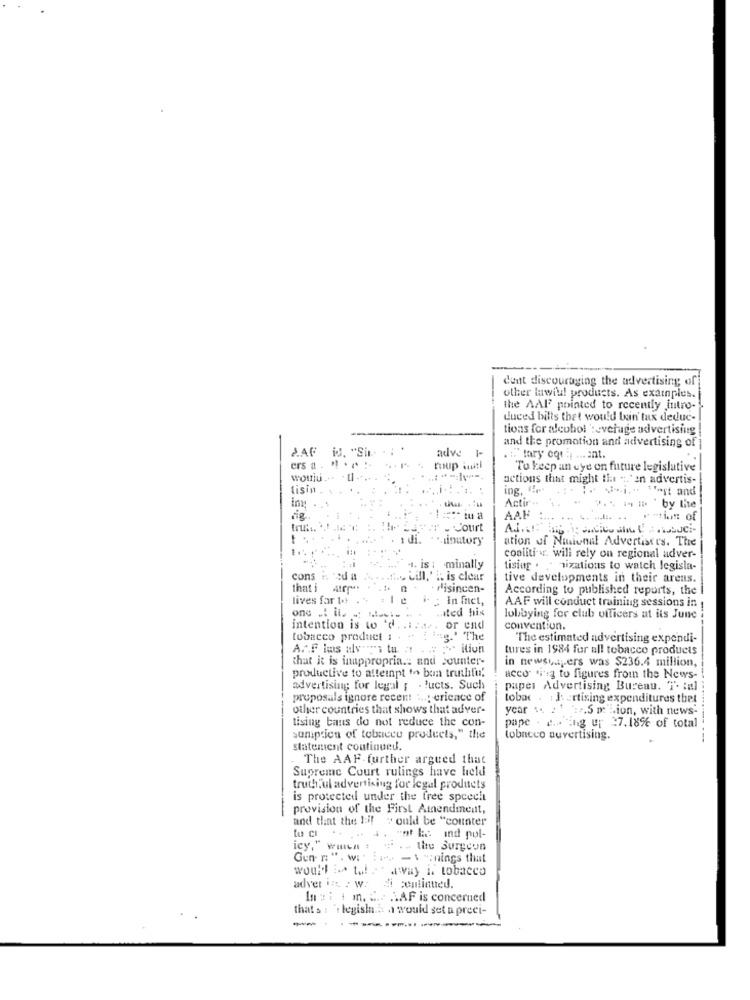
dont discouraging the advertising of
other lawill products. As examples.
the AAF pointed to recently Intro-
duced bills that would ban' tux deduc-
tions for alcohol ':evehuge advertising
and the promotion and advertising of
JAG
P.AF id. "Sin. . . .
adve
ers a . * * ** :
" tary eqf ; mant.
roup il
To keep an eye on future legislative
would ... . 11
actions that might the "." en advertis-
Lisin
ing, "r"
Vi ... West and
Actir -.
ing . ..
2. m . 'by the
rig
AAH
- Court
1 .
1 . 1 di.
ation of Ninional Advertistes. The
coalitie. will rely on regional adver-
.. is 1 minally
tising . mizations to watch legisla-
cons . eu a ...... s cill,"" is clear
tive developments in their arens.
thati Arp"
- disincen-
According to published reports, the I
lives far tot
In fact,
AAF will conduct training sessions in
ated his
lobbying for club officers at its June
intention is to 'd
or end
convention.
tobacco product :
.g." The
The estimated advertising expendi-
A.A.F lus alves tu :!
iliun
tures in 1984 for all tobacco products
that it is inappropria .: and counter-
productive to attempt to bun truthful
in newspapers was $236.4 million,
acco "i'ig to figures from the News-
advertising for legal ; . ! ucts. Suchs
paper Advertising Bureau. T. : al
proposals ignore recent ...; erience of
tobac . : J. artixing expenditures thet
other countries that shows that adver-
year :. : 1 2.5 m Lion, with news-
tising taus do not reduce the con-
pape . e .. ing up =7.18% of total
sumption of tobacco products," the
tobacco auvertising.
statement continued.
The AAF- further argued that
Supreme Court rulings have held
truthful advertising for legal products
is protected under the free speech
provision of the First Amendment,
and that the Bif would be "counter
tu CI
. ... 4 . "of le ind pol-
icy," wica . . . .. the Surgeon
Gen n". w. : 1. - \ ":nings that
would is tal - away il tobacco
adver in. : w:
di continued.
In : : i m. Se LAF is concerned
that s : ': legisla. .. . would set a preci-